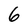
Character: 6